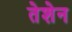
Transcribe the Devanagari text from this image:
तेशेन